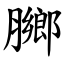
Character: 膷